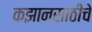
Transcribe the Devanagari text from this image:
कझानसाठीचे